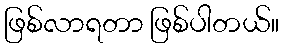
ဖြစ်လာရတာ ဖြစ်ပါတယ်။